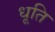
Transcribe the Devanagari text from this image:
धूति